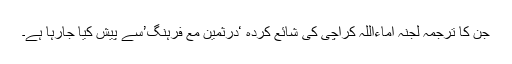
جن کا ترجمہ لجنہ اماءاللہ کراچی کی شائع کردہ ‘درّثمین مع فرہنگ’سے پیش کیا جارہا ہے۔